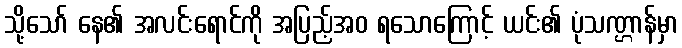
သို့သော် နေ၏ အလင်းရောင်ကို အပြည့်အဝ ရသောကြောင့် ယင်း၏ ပုံသဏ္ဌာန်မှာ